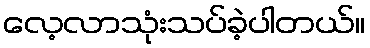
လေ့လာသုံးသပ်ခဲ့ပါတယ်။